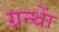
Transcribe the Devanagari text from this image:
ग्रन्थाें